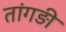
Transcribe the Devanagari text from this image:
तांगड़ी